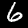
Digit: 6